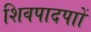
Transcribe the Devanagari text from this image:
शिवपादपाों